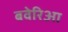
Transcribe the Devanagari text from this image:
बवेरिआ